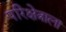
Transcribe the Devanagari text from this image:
परिक्षेत्राला